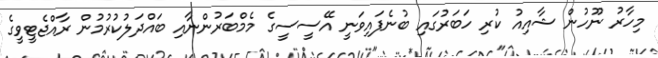
މިހާރު ނޫހުން ޝާއިއު ކުރި ހަބަރުގައި ބުނެފައިވަނީ އޭސީސީގެ މެމްބަރުންނާއި ބައްދަލުކުރުމުން ރާއްޖެޓީވީގެ